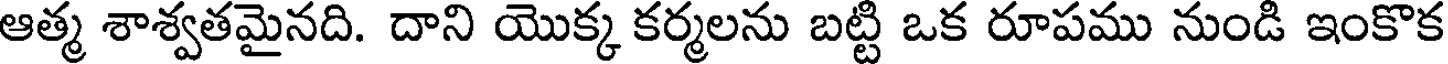
ఆత్మ శాశ్వతమైనది. దాని యొక్క కర్మలను బట్టి ఒక రూపము నుండి ఇంకొక